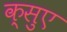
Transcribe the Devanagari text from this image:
क्सुए